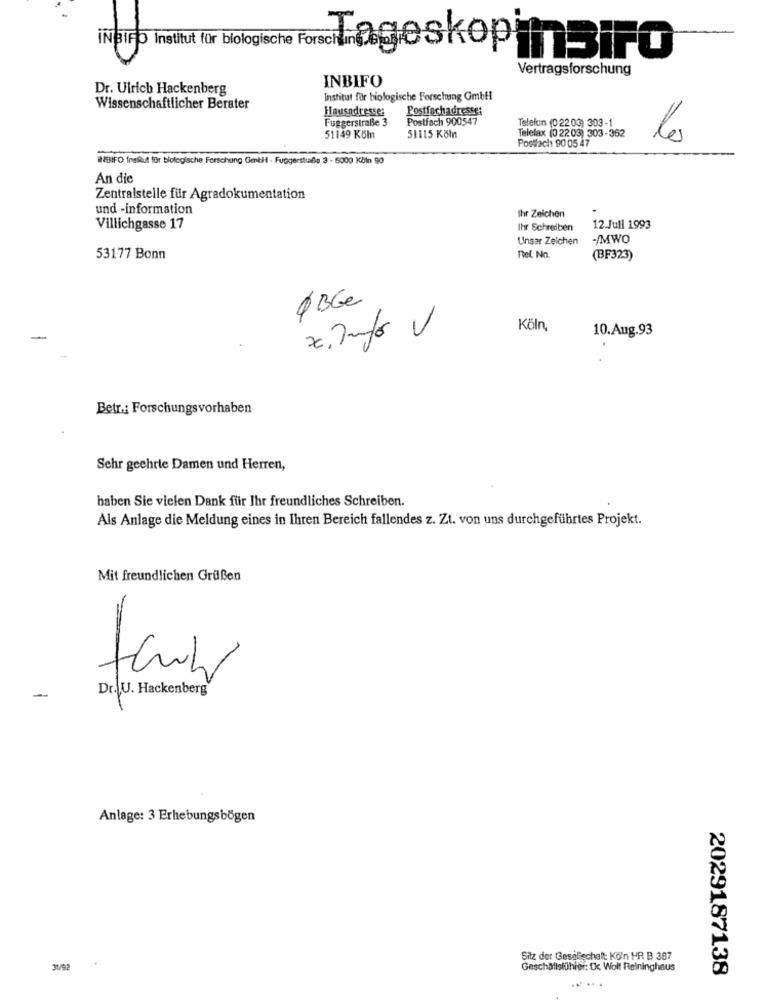
INBIR Institut für biologische ForschlagesKop inBiro
Vertragsforschung
INBIFO
Dr. Ulrich Hackenberg
Institut für biologische Forschung GmbH!
Wissenschaftlicher Berater
Postfachadresse:
Hausadresse:
Fuggerstraße 3
Postfach 900547
Telefon (0 22 03) 303-1
Telefax (02203) 303-362
51149 Köln
51115 Köln
Postfach 90 05 47
le
WENIFO traske für biologische Forschung Gebit · Fuggerstiafle 3 - 5000 Köln 90
An die
Zentralstelle für Agradokumentation
und -information
Ihr Zeichen
Villichgasse 17
Ihr Schreiben
12.Juli 1993
Unser Zeichen
-/MWO
53177 Bonn
Fel. No.
(BF323)
QBGe
z.Info V
Köln,
10.Aug.93
Betr .: Forschungsvorhaben
Sehr geehrte Damen und Herren,
haben Sie vielen Dank für Ihr freundliches Schreiben.
Als Anlage die Meldung eines in Ihren Bereich fallendes z. Zt. von uns durchgeführtes Projekt.
Mit freundlichen Grußen
-
Dr. U. Hackenberg
Anlage: 3 Erhebungsbögen
Sitz der Gesellschaft Ko'n HR B 367
31/92
Geschäftsführer: Cc Wolf Relninghaus
2029187138
.....